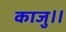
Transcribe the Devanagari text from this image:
काजु॥